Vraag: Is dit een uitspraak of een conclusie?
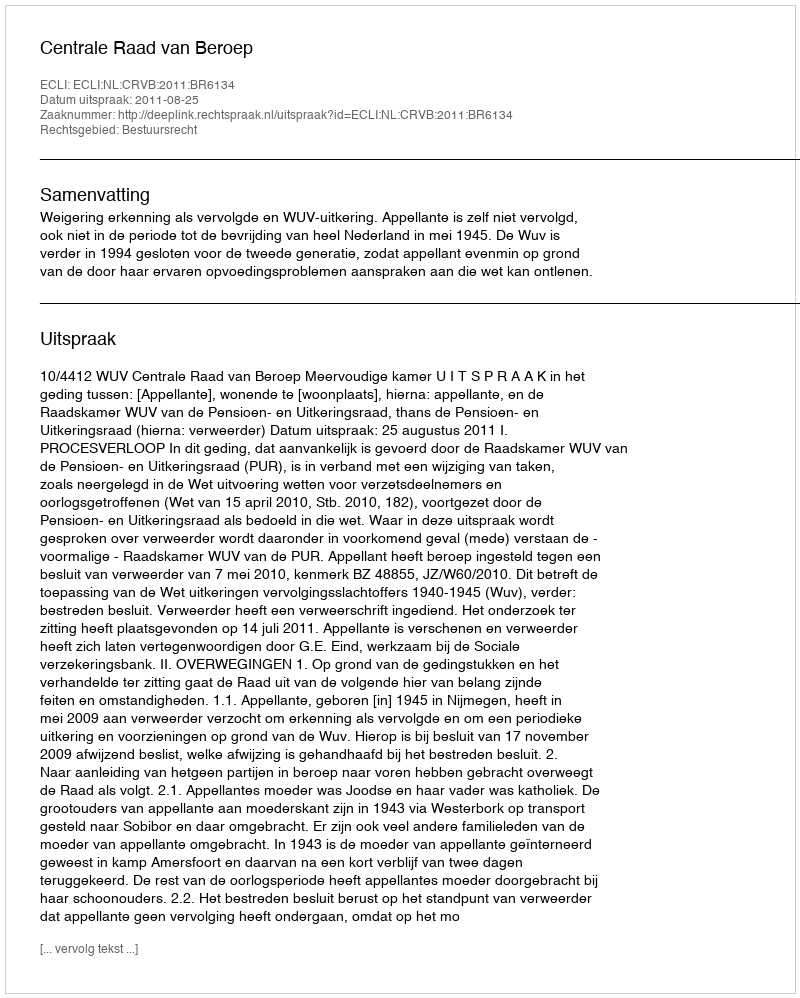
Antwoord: Uitspraak